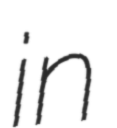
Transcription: in